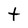
Character: t